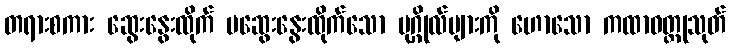
တရားစကား ဆွေးနွေးထိုက် မဆွေးနွေးထိုက်သော ပုဂ္ဂိုလ်များကို ဟောသော ကထာဝတ္ထုသုတ်